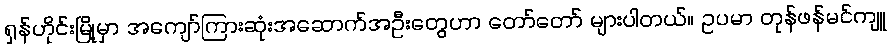
ရှန်ဟိုင်းမြို့မှာ အကျော်ကြားဆုံးအဆောက်အဦးတွေဟာ တော်တော် များပါတယ်။ ဥပမာ တုန်ဖန်မင်ကျူ